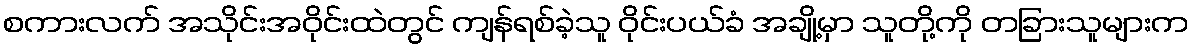
စကားလက် အသိုင်းအဝိုင်းထဲတွင် ကျန်ရစ်ခဲ့သူ ဝိုင်းပယ်ခံ အချို့မှာ သူတို့ကို တခြားသူများက